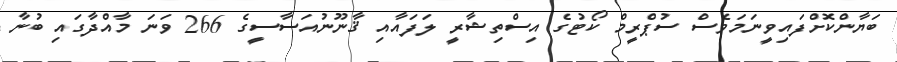
ބަޔާންކޮށްފައިވީނަމަވެސް ސުޕްރީމް ކޯޓުގެ އިސްތިޝާރީ ލަފައާއި ޤާނޫނުއަސާސީގެ 266 ވަނަ މާއްދާގައި ބުނާ